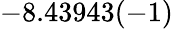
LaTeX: -8.43943(-1)